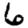
Digit: 6